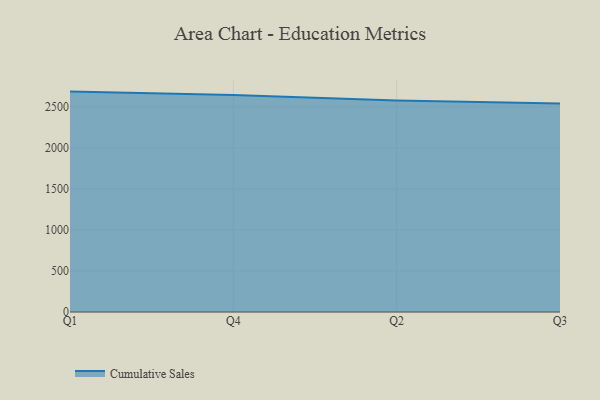
{"axis": {"x": "Quarter", "y": "Operating Costs (USD K)"}, "legend": ["Cumulative Sales"], "data": [{"x": "Q1", "y": 2685.3, "type": "Cumulative Sales"}, {"x": "Q4", "y": 2642.9, "type": "Cumulative Sales"}, {"x": "Q2", "y": 2576.6, "type": "Cumulative Sales"}, {"x": "Q3", "y": 2539.9, "type": "Cumulative Sales"}]}